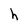
Character: h